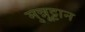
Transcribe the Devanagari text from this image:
मुन्नूट्टान